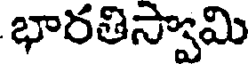
భారతిస్వామి